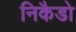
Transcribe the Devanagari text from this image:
निकैडो